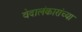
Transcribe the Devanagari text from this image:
वेदालंकारांच्या